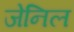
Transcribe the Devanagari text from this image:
जेनिल